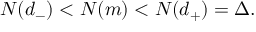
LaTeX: N ( d _ { - } ) < N ( m ) < N ( d _ { + } ) = \Delta .